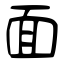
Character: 面